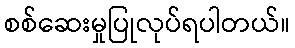
စစ်ဆေးမှုပြုလုပ်ရပါတယ်။